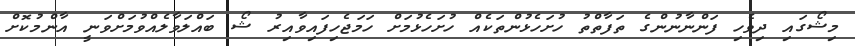
މިޝޯގައި ދިވެހި ފަންނާނުންގެ ތަފާތްތު ހުށަހެޅުންތަކެއް ހުށަހެޅުމަށް ހަމަޖެހިފައިވާއިރު ޝޯ ބައްލަވާލެއްވުމަށްވަނީ އާންމުކޮށް